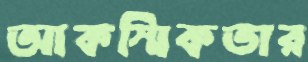
আকস্মিকতার